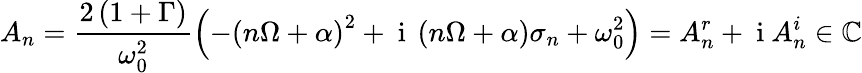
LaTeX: A_{n}=\frac{2\left(1+\Gamma\right)}{\omega_{0}^{2}}\left(-\left(n\Omega+\alpha\right)^{2}+\mathrm{~i~}\left(n\Omega+\alpha\right)\sigma_{n}+\omega_{0}^{2}\right)=A_{n}^{r}+\mathrm{~i~}A_{n}^{i}\in\mathbb{C}